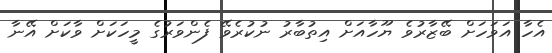
އެހާ އަވަހަށް ބޭޒާރުވެ ޔޫހާއަށް އިތުބާރު ނުކުރެވޭ ފެންވަރުގެ މީހަކަށް ވާކަށް އޭނާ